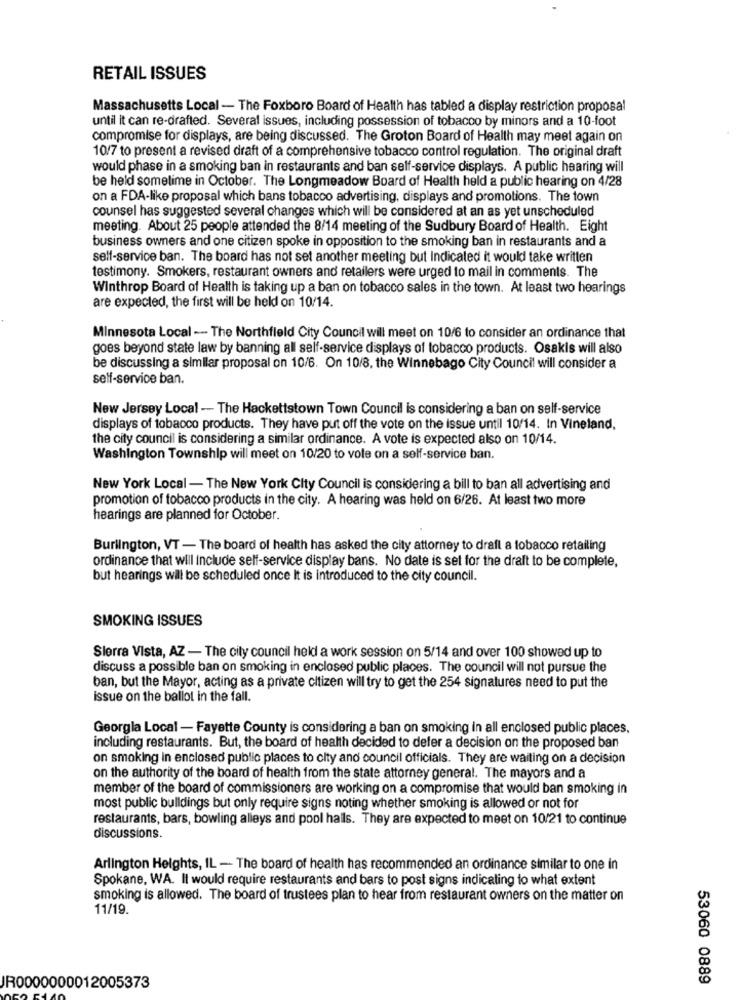
RETAIL ISSUES
Massachusetts Local - The Foxboro Board of Health has tabled a display restriction proposal
until it can re-drafted. Several issues, including possession of tobacco by minors and a 10-foot
compromise for displays, are being discussed. The Groton Board of Health may meet again on
10/7 to present a revised draft of a comprehensive tobacco control regulation. The original draft
would phase in a smoking ban in restaurants and ban self-service displays. A public hearing will
be held sometime in October. The Longmeadow Board of Health held a public hearing on 4/28
on a FDA-like proposal which bans tobacco advertising, displays and promotions. The town
counsel has suggested several changes which will be considered at an as yet unscheduled
meeting. About 25 people attended the 8/14 meeting of the Sudbury Board of Health. Eight
business owners and one citizen spoke in opposition to the smoking ban in restaurants and a
self-service ban. The board has not set another meeting but Indicated it would take written
testimony. Smokers, restaurant owners and retailers were urged to mail in comments. The
Winthrop Board of Health is taking up a ban on tobacco sales in the town. At least two hearings
are expected, the first will be held on 10/14.
Minnesota Local -- The Northfield City Council will meet on 10/6 to consider an ordinance that
goes beyond state law by banning all self-service displays of tobacco products. Osakis will also
be discussing a similar proposal on 10/6. On 10/8, the Winnebago City Council will consider a
self-service ban.
New Jersey Local - The Hackettstown Town Council is considering a ban on self-service
displays of tobacco products. They have put off the vote on the issue until 10/14. In Vineland.
the city council is considering a similar ordinance. A vote is expected also on 10/14.
Washington Township will meet on 10/20 to vote on a self-service ban.
New York Local - The New York City Council is considering a bill to ban all advertising and
promotion of tobacco products in the city. A hearing was held on 6/26. At least two more
hearings are planned for October.
Burlington, VT - The board of health has asked the city attorney to drafl a tobacco retailing
ordinance that will include self-service display bans. No date is set for the draft to be complete,
but hearings will be scheduled once It is introduced to the city council.
SMOKING ISSUES
Sierra Vista, AZ - The city council held a work session on 5/14 and over 100 showed up to
discuss a possible ban on smoking in enclosed public places. The council will not pursue the
ban, but the Mayor, acting as a private citizen will try to get the 254 signatures need to put the
Issue on the ballot in the fall.
Georgla Local - Fayette County is considering a ban on smoking in all enclosed public places,
including restaurants. But, the board of health decided to defer a decision on the proposed ban
on smoking in enclosed public places to city and council officials. They are waiting on a decision
on the authority of the board of health from the state attorney general. The mayors and a
member of the board of commissioners are working on a compromise that would ban smoking in
most public buildings but only require signs noting whether smoking is allowed or not for
restaurants, bars, bowling alleys and pool hails. They are expected to meet on 10/21 to continue
discussions.
Arlington Heights, IL - The board of health has recommended an ordinance similar to one in
Spokane, WA. It would require restaurants and bars to post signs indicating to what extent
smoking is allowed. The board of trustees plan to hear from restaurant owners on the matter on
11/19.
53060 0889
JR0000000012005373